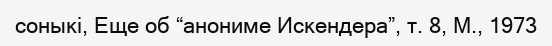
соныкі, Еще об “анониме Искендера”, т. 8, М., 1973